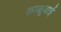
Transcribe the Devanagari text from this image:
काळूबाई